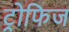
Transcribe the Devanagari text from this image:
ट्रोफिज